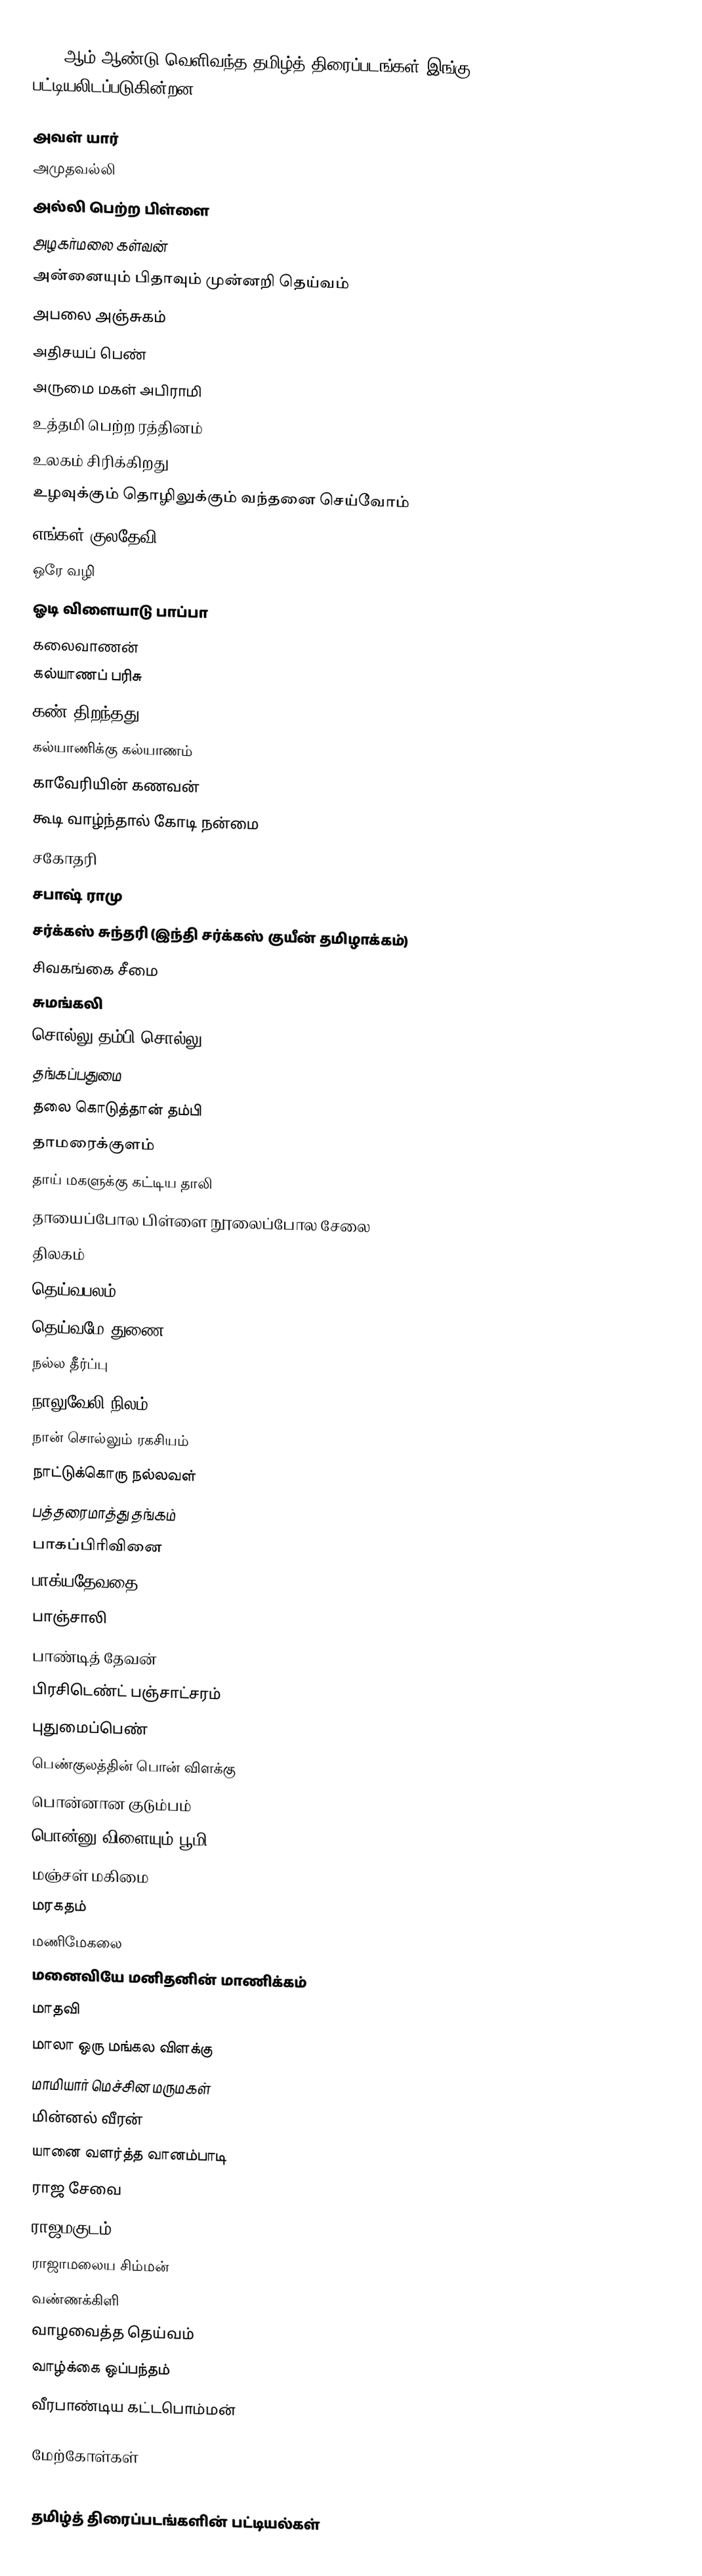
1959 ஆம் ஆண்டு வெளிவந்த தமிழ்த் திரைப்படங்கள் இங்கு பட்டியலிடப்படுகின்றன.

 அவள் யார்
 அமுதவல்லி
 அல்லி பெற்ற பிள்ளை
 அழகர்மலை கள்வன்
 அன்னையும் பிதாவும் முன்னறி தெய்வம்
 அபலை அஞ்சுகம்
 அதிசயப் பெண்
 அருமை மகள் அபிராமி
 உத்தமி பெற்ற ரத்தினம்
 உலகம் சிரிக்கிறது
 உழவுக்கும் தொழிலுக்கும் வந்தனை செய்வோம்
 எங்கள் குலதேவி
 ஒரே வழி
 ஓடி விளையாடு பாப்பா
 கலைவாணன்
 கல்யாணப் பரிசு
 கண் திறந்தது
 கல்யாணிக்கு கல்யாணம்
 காவேரியின் கணவன்
 கூடி வாழ்ந்தால் கோடி நன்மை
 சகோதரி
 சபாஷ் ராமு
 சர்க்கஸ் சுந்தரி (இந்தி சர்க்கஸ் குயீன் தமிழாக்கம்)
 சிவகங்கை சீமை
 சுமங்கலி
 சொல்லு தம்பி சொல்லு
 தங்கப்பதுமை
 தலை கொடுத்தான் தம்பி
 தாமரைக்குளம்
 தாய் மகளுக்கு கட்டிய தாலி
 தாயைப்போல பிள்ளை நூலைப்போல சேலை
 திலகம்
 தெய்வபலம்
 தெய்வமே துணை
 நல்ல தீர்ப்பு
 நாலுவேலி நிலம்
 நான் சொல்லும் ரகசியம்
 நாட்டுக்கொரு நல்லவள்
 பத்தரைமாத்து தங்கம்
 பாகப்பிரிவினை
 பாக்யதேவதை
 பாஞ்சாலி
 பாண்டித் தேவன்
 பிரசிடெண்ட் பஞ்சாட்சரம்
 புதுமைப்பெண்
 பெண்குலத்தின் பொன் விளக்கு
 பொன்னான குடும்பம்
 பொன்னு விளையும் பூமி
 மஞ்சள் மகிமை
 மரகதம்
 மணிமேகலை
 மனைவியே மனிதனின் மாணிக்கம்
 மாதவி
 மாலா ஒரு மங்கல விளக்கு
 மாமியார் மெச்சின மருமகள்
 மின்னல் வீரன்
 யானை வளர்த்த வானம்பாடி
 ராஜ சேவை
 ராஜமகுடம்
 ராஜாமலைய சிம்மன்
 வண்ணக்கிளி
 வாழவைத்த தெய்வம்
 வாழ்க்கை ஒப்பந்தம்
வீரபாண்டிய கட்டபொம்மன்

மேற்கோள்கள்

தமிழ்த் திரைப்படங்களின் பட்டியல்கள்